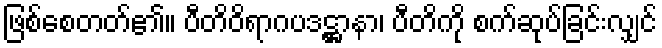
ဖြစ်စေတတ်၏။ ပီတိဝိရာဂပဒဋ္ဌာနာ၊ ပီတိကို စက်ဆုပ်ခြင်းလျှင်